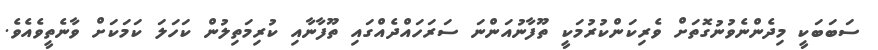
ސަބަބަކީ މިދެންނެވުނުގޮތަށް ވެރިކަންކުރުމަކީ ތޫފާނުއަންނަ ސަރަހައްދެއްގައި ތޫފާނާއި ކުރިމަތިލުން ކަހަލަ ކަމަކަށް ވާނެތީވެއެވެ.